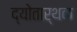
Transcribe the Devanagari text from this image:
द्योतार्थक